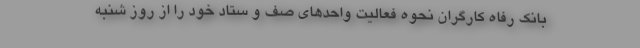
بانک رفاه کارگران نحوه فعالیت واحدهای صف و ستاد خود را از روز شنبه